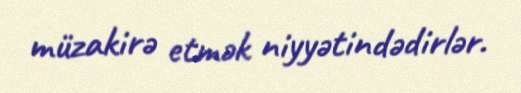
müzakirə etmək niyyətindədirlər.